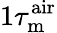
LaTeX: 1\tau_{\mathrm{m}}^{\mathrm{air}}